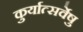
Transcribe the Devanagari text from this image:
कुर्यात्सर्वेषु